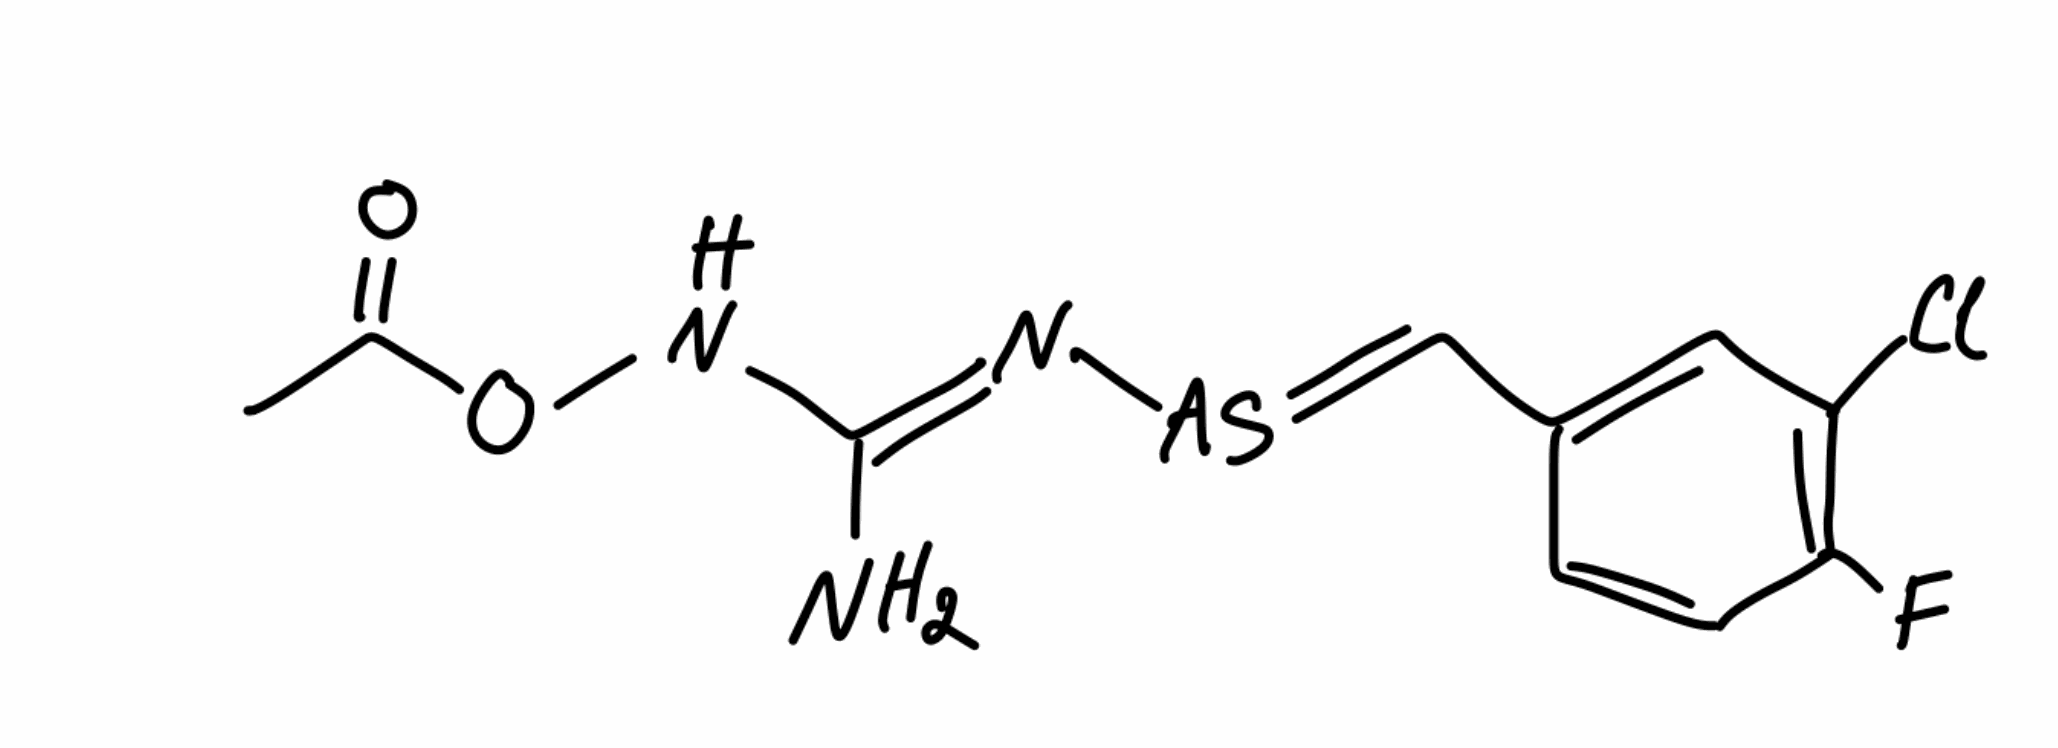
Simplified molecular-input line-entry system (SMILES) notation of the given molecule:
CC(=O)ON/C(=N/[As]=CC1=CC(=C(C=C1)F)Cl)/N